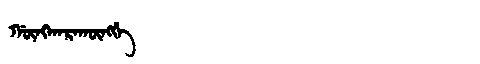
Manchu: ᡤᡡᠩᡴᠠᡵᠠᡴᡡᠩᡤᡝ
Romanization: GŪNGKARAKŪNGGE